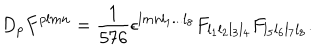
LaTeX: D _ { p } F ^ { p l m n } = { \frac { 1 } { 5 7 6 } } \epsilon ^ { l m n l _ { 1 } . . . l _ { 8 } } F _ { l _ { 1 } l _ { 2 } l _ { 3 } l _ { 4 } } F _ { l _ { 5 } l _ { 6 } l _ { 7 } l _ { 8 } } .